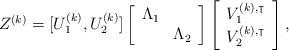
LaTeX: \begin{align*} Z^{(k)}=[U_1^{(k)}, U_2^{(k)}]\left[\begin{array}{cc}\Lambda_1 & \\& \Lambda_2 \\\end{array}\right]\left[\begin{array}{c}V^{(k),\intercal}_1 \\V^{(k),\intercal}_2 \\\end{array}\right],\end{align*}